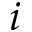
i